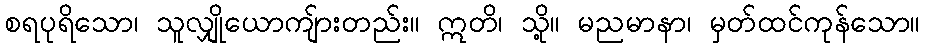
စရပုရိသော၊ သူလျှိုယောကျ်ားတည်း။ ဣတိ၊ သို့။ မညမာနာ၊ မှတ်ထင်ကုန်သော။